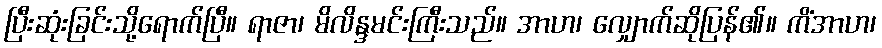
ပြီးဆုံးခြင်းသို့ရောက်ပြီ။ ရာဇာ၊ မိလိန္ဒမင်းကြီးသည်။ အာဟ၊ လျှောက်ဆိုပြန်၏။ ကိံအာဟ၊